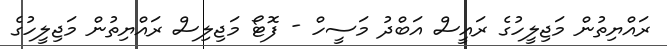
ރައްޔިތުން މަޖިލީހުގެ ރައީސް އަބްދު މަސީހް - ފޮޓޯ މަޖިލިސް ރައްޔިތުން މަޖިލީހުގެ